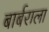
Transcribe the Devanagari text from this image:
बार्बराला